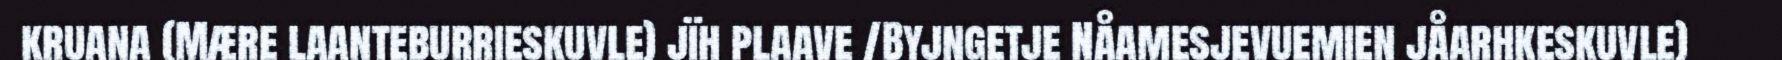
kruana (Mære laanteburrieskuvle) jïh plaave /Byjngetje Nåamesjevuemien jåarhkeskuvle)